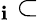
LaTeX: _\mathbf{i}\subset